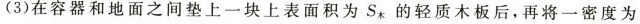
()在容器和地面之间垫上一块上表面积为S_{木}，的轻质木板后，再将一密度为